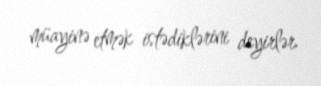
müayinə etmək istədiklərini deyirlər.